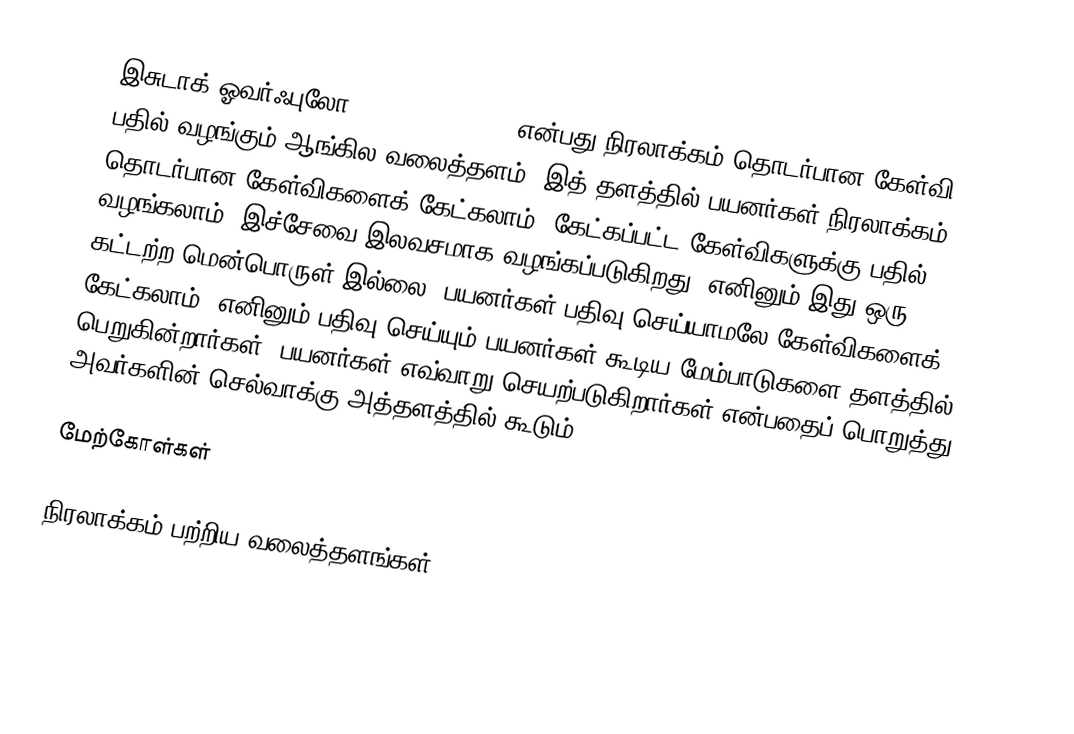
இசுடாக் ஓவர்ஃபுலோ (Stack Overflow) என்பது நிரலாக்கம் தொடர்பான கேள்வி பதில் வழங்கும் ஆங்கில வலைத்தளம்.  இத் தளத்தில் பயனர்கள் நிரலாக்கம் தொடர்பான கேள்விகளைக் கேட்கலாம், கேட்கப்பட்ட கேள்விகளுக்கு பதில் வழங்கலாம்.  இச்சேவை இலவசமாக வழங்கப்படுகிறது.  எனினும் இது ஒரு கட்டற்ற மென்பொருள் இல்லை.  பயனர்கள் பதிவு செய்யாமலே கேள்விகளைக் கேட்கலாம், எனினும் பதிவு செய்யும் பயனர்கள் கூடிய மேம்பாடுகளை தளத்தில் பெறுகின்றார்கள்.  பயனர்கள் எவ்வாறு செயற்படுகிறார்கள் என்பதைப் பொறுத்து அவர்களின் செல்வாக்கு அத்தளத்தில் கூடும்.

மேற்கோள்கள்

நிரலாக்கம் பற்றிய வலைத்தளங்கள்